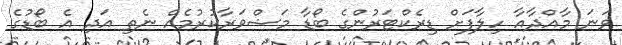
ވަނަ މާއްދާއާ ހިލާފަށް ޑިރެކްޓަރުންގެ ބޯޑާ މަޝްވަރާކުރުމެއް ނެތި އަދި އެ ބޯޑުގެ